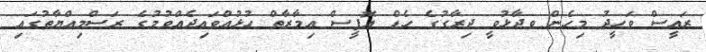
ރައީސް ވަހީދު މިހެން ވދާޅުވީ ދިރާގުގެ ހެޑް އޮފީސް އިމާރާތް ހުޅުއްވައިދެއްވުމުގެ ރަސްމިއްޔާތުގައި